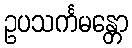
ဥပသင်္ကမန္တော